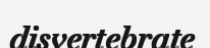
disvertebrate